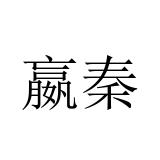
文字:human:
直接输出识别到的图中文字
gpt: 嬴秦